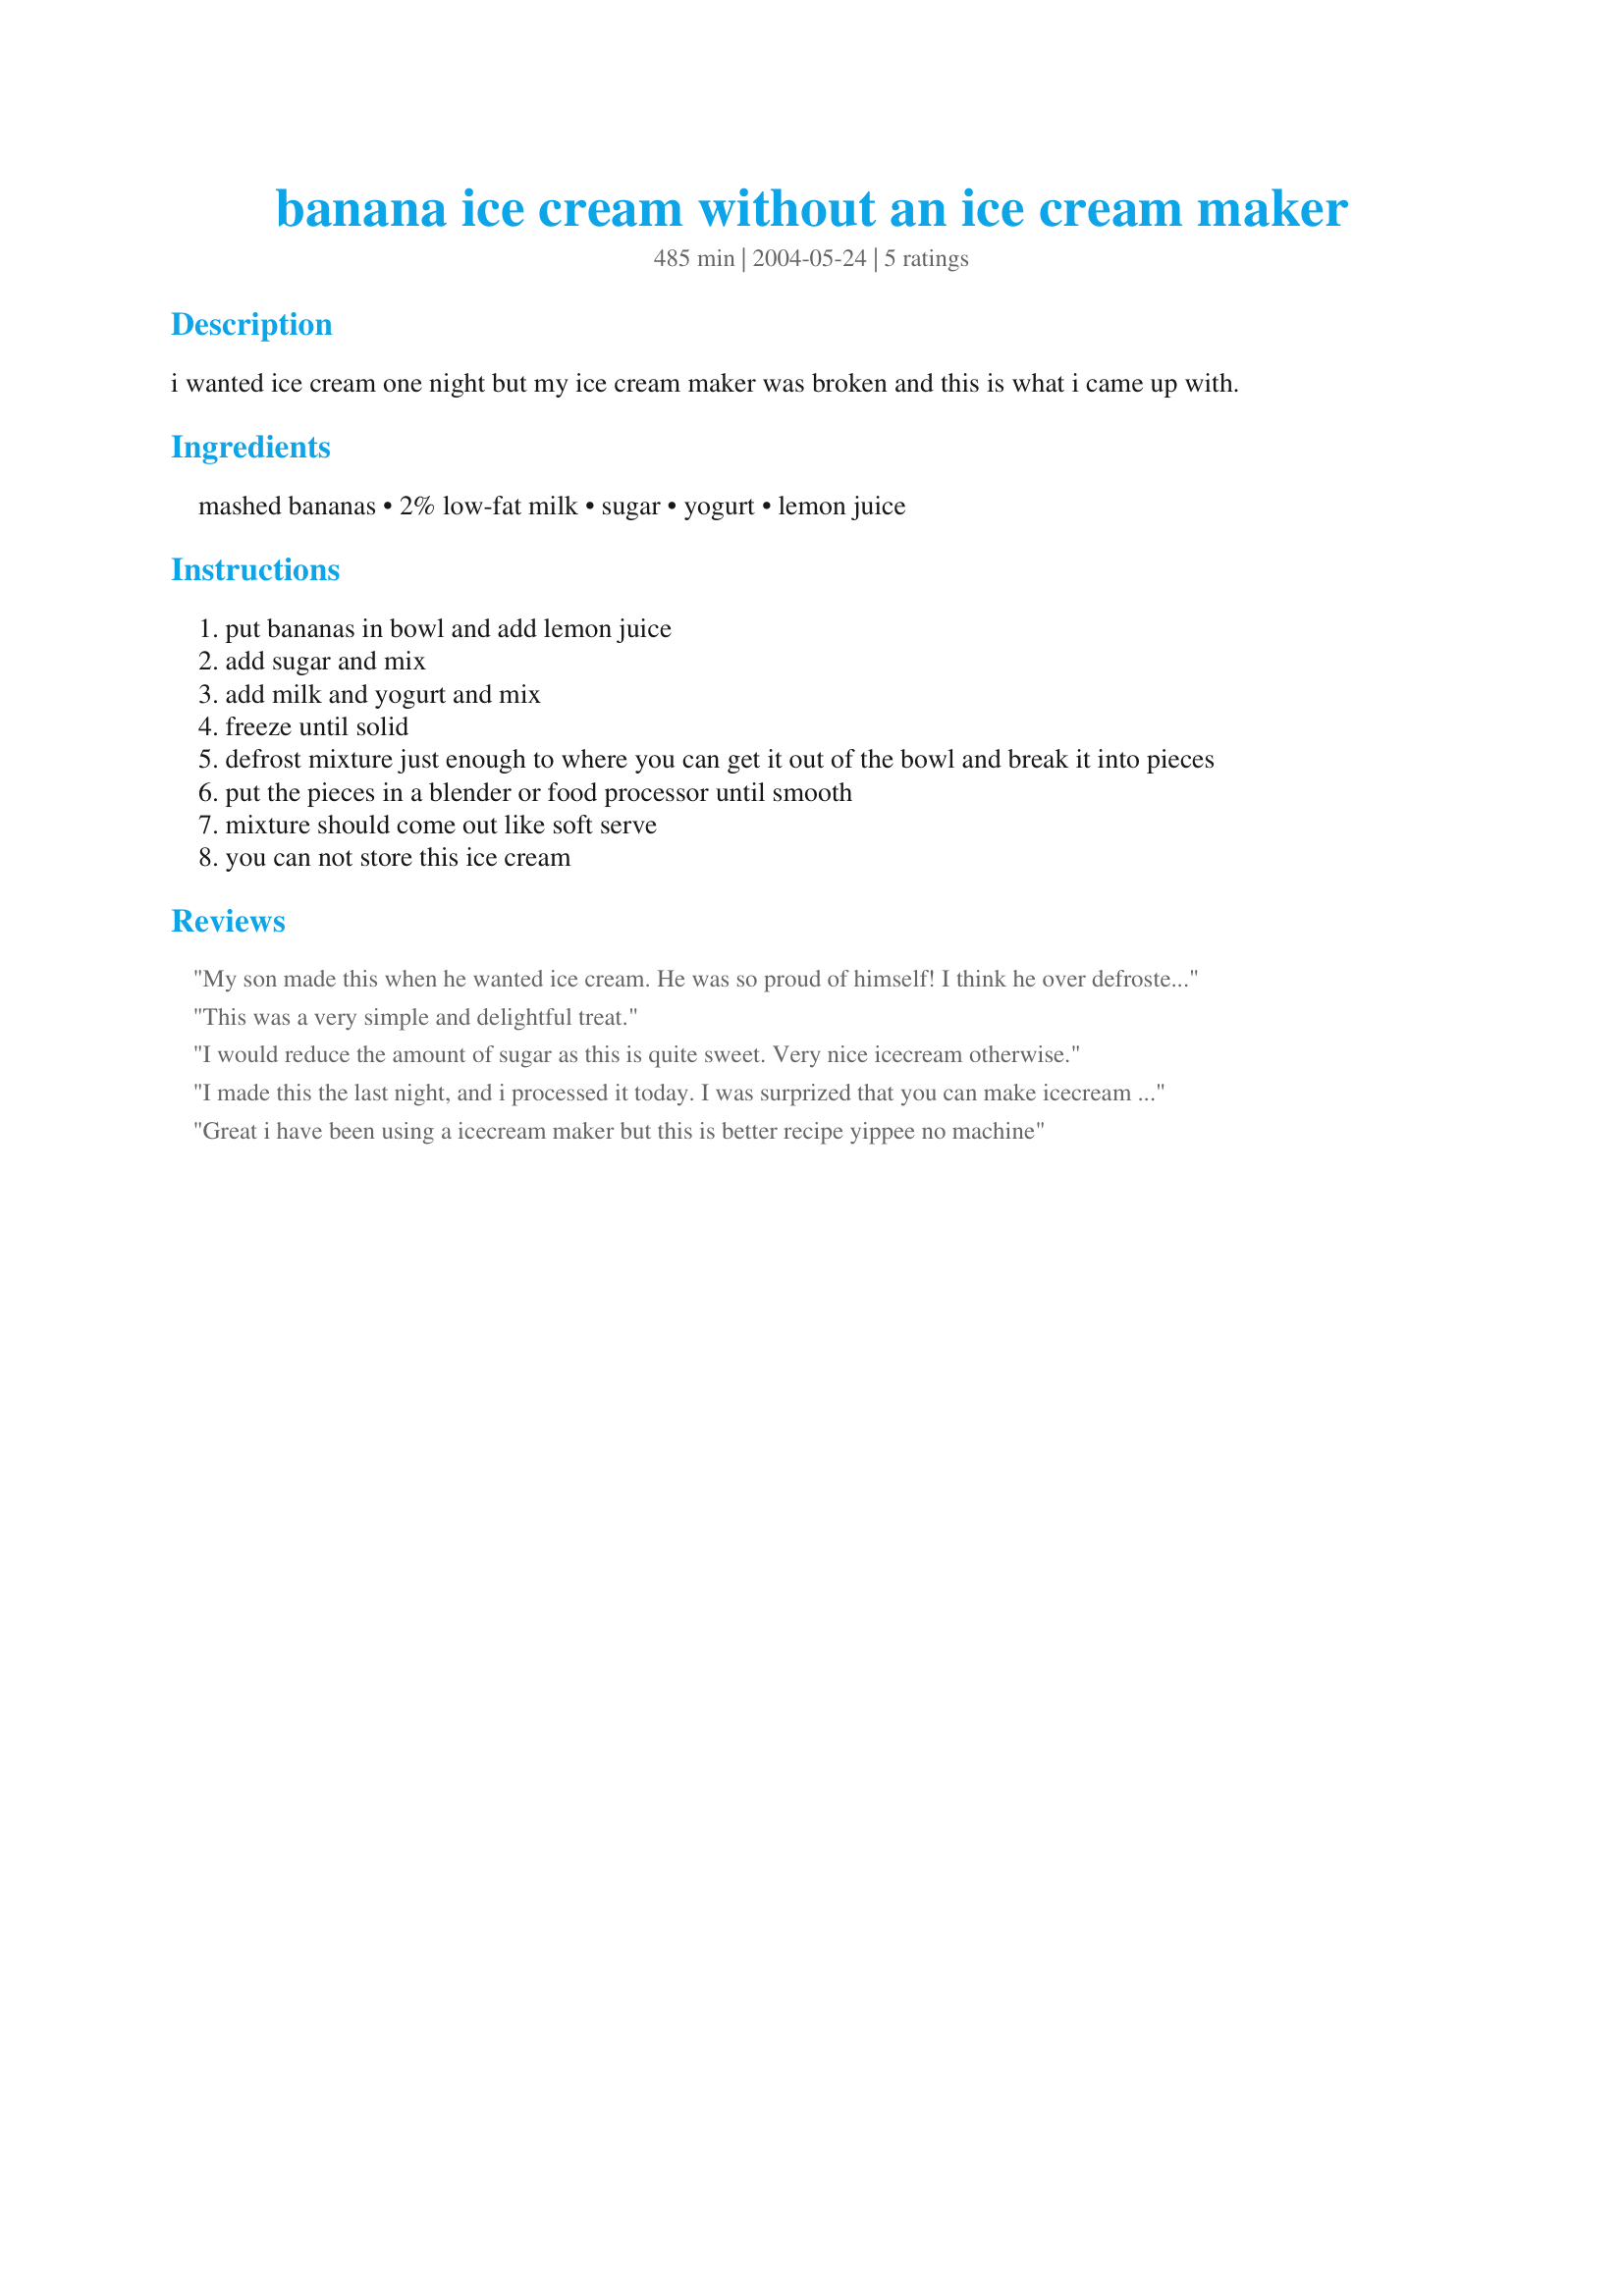
banana ice cream without an ice cream maker
Preparation time: 485 minutes

i wanted ice cream one night but my ice cream maker was broken and this is what i came up with.

Ingredients:
mashed bananas, 2% low-fat milk, sugar, yogurt, lemon juice

Steps:
put bananas in bowl and add lemon juice
add sugar and mix
add milk and yogurt and mix
freeze until solid
defrost mixture just enough to where you can get it out of the bowl and break it into pieces
put the pieces in a blender or food processor until smooth
mixture should come out like soft serve
you can not store this ice cream

Reviews:
My son made this when he wanted ice cream. He was so proud of himself! I think he over defrosted this the next day. As it came out like a milk shake. But that was still find, as it tasted good.
This was a very simple and delightful treat.
I would reduce the amount of sugar as this is quite sweet. Very nice icecream otherwise.
I made this the last night, and i processed it today. I was surprized that you can make icecream without cream. This was really good. Wen I processed it i added some more yogurt to loosen it up.
Great i have been using a icecream maker but this is better recipe yippee no machine
